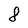
Character: 8